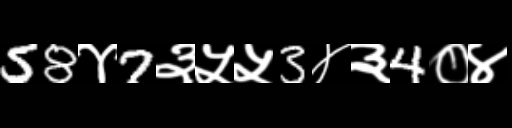
Text: 58४7३५५3४३4०४